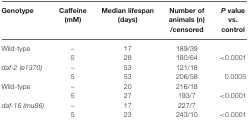
<table><thead><tr><td><b>Genotype</b></td><td><b>Caffeine (mM)</b></td><td><b>Median lifespan (days)</b></td><td><b>Number of animals (n)/censored</b></td><td><b><i>P</i> value vs. control</b></td></tr></thead><tbody><tr><td>Wild-type</td><td>–</td><td>17</td><td>189/39</td><td></td></tr><tr><td></td><td>5</td><td>28</td><td>180/64</td><td>&lt;0.0001</td></tr><tr><td><i>daf-2 (e1370)</i></td><td>–</td><td>53</td><td>121/18</td></tr><tr><td></td><td>5</td><td>53</td><td>206/58</td><td>0.0005</td></tr><tr><td>Wild-type</td><td>–</td><td>20</td><td>216/18</td></tr><tr><td></td><td>5</td><td>27</td><td>193/7</td><td>&lt;0.0001</td></tr><tr><td><i>daf-16 (mu86)</i></td><td>–</td><td>17</td><td>227/7</td></tr><tr><td></td><td>5</td><td>23</td><td>243/10</td><td>&lt;0.0001</td></tr></tbody></table>